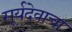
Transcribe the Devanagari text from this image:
सूर्यदेवाचा